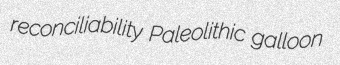
reconciliability Paleolithic galloon